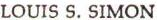
LOUIS S.SIMON